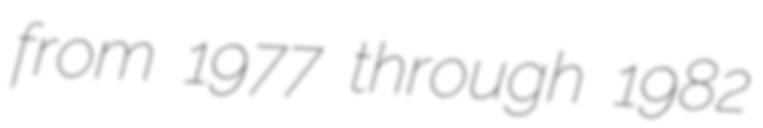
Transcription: from 1977 through 1982